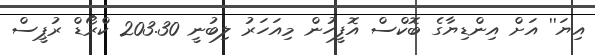
އިޔަ'' އަށް އިންޑިޔާގެ ބޮކްސް އޮފީހުން މިއަހަރު ލިބުނީ 203.30 ކްރޯޑް ރުޕީސް